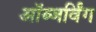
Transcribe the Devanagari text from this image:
ऑब्जर्विंग